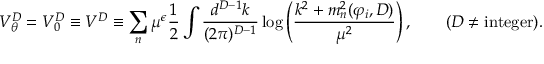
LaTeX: V _ { \theta } ^ { D } = V _ { 0 } ^ { D } \equiv V ^ { D } \equiv \sum _ { n } \mu ^ { \epsilon } { \frac { 1 } { 2 } } \int { \frac { d ^ { D - 1 } k } { ( 2 \pi ) ^ { D - 1 } } } \log \left( { \frac { k ^ { 2 } + m _ { n } ^ { 2 } ( \varphi _ { i } , D ) } { \mu ^ { 2 } } } \right) , \quad \quad ( D \neq \mathrm { i n t e g e r } ) .